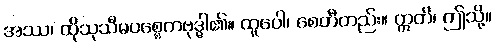
အဿ၊ ထိုသုသီမပစ္စေကဗုဒ္ဓါ၏။ ထူပေါ၊ စေတီတည်း။ ဣတိ၊ ဤသို့။